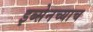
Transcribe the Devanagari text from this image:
इब्सेनच्याच